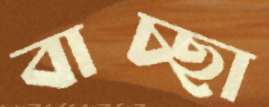
বাচ্ছা